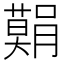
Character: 𮍅